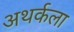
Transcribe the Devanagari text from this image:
अथर्कला